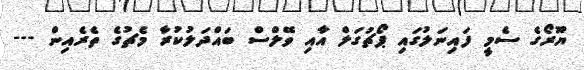
ޔޫރޯގެ ސެމީ ފައިނަލުގައި ޕޯޗުގަލް އާއި ވޭލްސް ބައްދަލުކުރާ މެޗުގެ ތެރެއިން ---